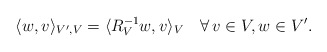
\begin{align*} \langle w, v \rangle_{V',V} = \langle R_V^{-1}w,v\rangle_V \quad\forall\,v\in V,w\in V'.\end{align*}